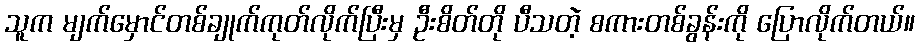
သူက မျက်မှောင်တစ်ချုက်ကုတ်လိုက်ပြီးမှ ဦးစိတ်တို ပီသတဲ့ စကားတစ်ခွန်းကို ပြောလိုက်တယ်။